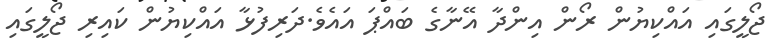
ޖޯލީގައި އައްކިޔުން ރޯން އިންދާ އޭނާގެ ބައްޕަ އައެެވެ.ދަރިފުޅާ އައްކިޔުން ކައިރި ޖޯލީގައި